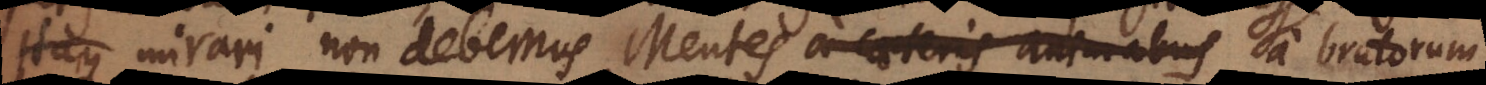
taque mirari non debemus Mentes a caeteris animabus humanas